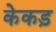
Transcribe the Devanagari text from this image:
केकड़